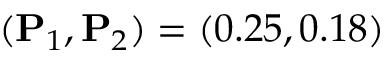
( \mathbf { P } _ { 1 } , \mathbf { P } _ { 2 } ) = ( 0 . 2 5 , 0 . 1 8 )